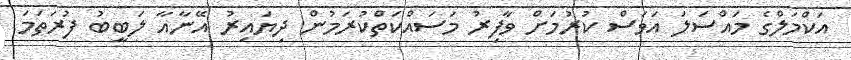
އަކްމަލްގެ މައްސަލަ އަވަސް ކުރުމަށް ވާފިރު މަސައްކަތްކުރަމުން ދިޔައިރު އޭނާއާ ލަބީބު ފުރަތަމަ